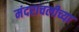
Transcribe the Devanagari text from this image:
मंदराचलीच्या